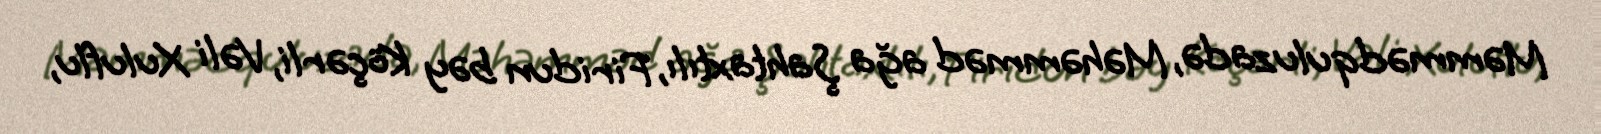
Məmmədquluzadə, Məhəmməd ağa Şahtaxtılı, Firidun bəy Köçərli, Vəli Xuluflu,